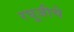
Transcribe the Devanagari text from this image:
रघूजीचे